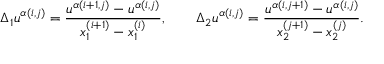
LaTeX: { \Delta _ { 1 } u } ^ { \alpha ( i , j ) } = \frac { u ^ { \alpha ( i + 1 , j ) } - u ^ { \alpha ( i , j ) } } { x _ { 1 } ^ { ( i + 1 ) } - x _ { 1 } ^ { ( i ) } } , \qquad { \Delta _ { 2 } u } ^ { \alpha ( i , j ) } = \frac { u ^ { \alpha ( i , j + 1 ) } - u ^ { \alpha ( i , j ) } } { x _ { 2 } ^ { ( j + 1 ) } - x _ { 2 } ^ { ( j ) } } .